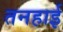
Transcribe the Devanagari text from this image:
तनहाई